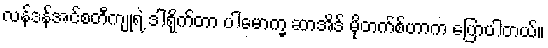
လန်ဒန်အင်စတီကျုရဲ့ ဒါရိုက်တာ ပါမောက္ခ ဆာအိဒ် မိုတက်စ်ဟာက ပြောပါတယ်။